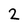
Character: 2